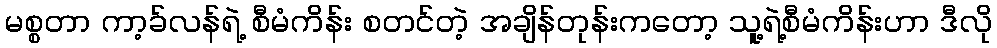
မစ္စတာ ကာ့ခ်လန်ရဲ့ စီမံကိန်း စတင်တဲ့ အချိန်တုန်းကတော့ သူ့ရဲ့စီမံကိန်းဟာ ဒီလို